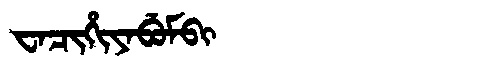
Manchu: ᠸᠠᠴᡳᡥᡳᠶᠠᠪᡠᠮᠪᡳ
Romanization: WACIHIYABUMBI